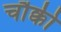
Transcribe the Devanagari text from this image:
चौक्की